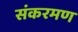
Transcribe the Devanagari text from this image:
संकरमण